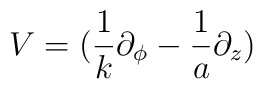
{\displaystyle{V=(\frac{1}{k} \partial_{\phi}-\frac{1}{a}\partial_{z})}}